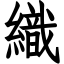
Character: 織